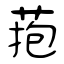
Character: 菢